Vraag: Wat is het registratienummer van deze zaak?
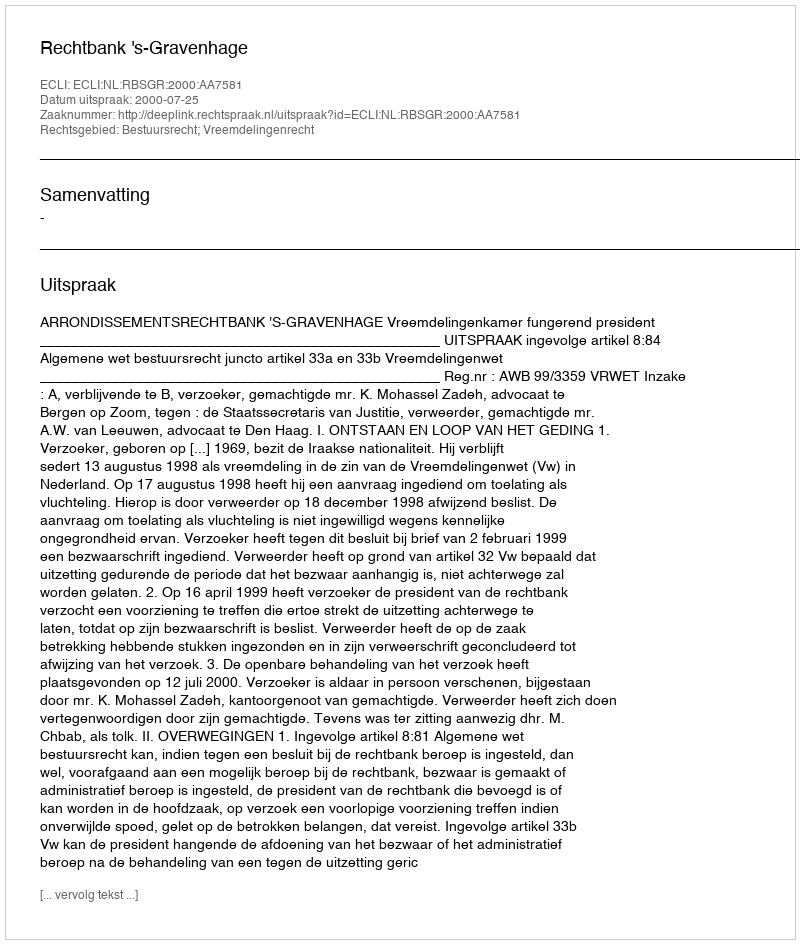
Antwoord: http://deeplink.rechtspraak.nl/uitspraak?id=ECLI:NL:RBSGR:2000:AA7581